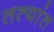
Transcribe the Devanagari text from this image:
तत्यांत